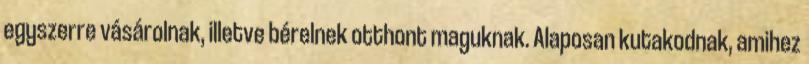
egyszerre vásárolnak, illetve bérelnek otthont maguknak. Alaposan kutakodnak, amihez